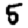
Digit: 5